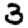
Digit: 3